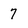
Character: 7